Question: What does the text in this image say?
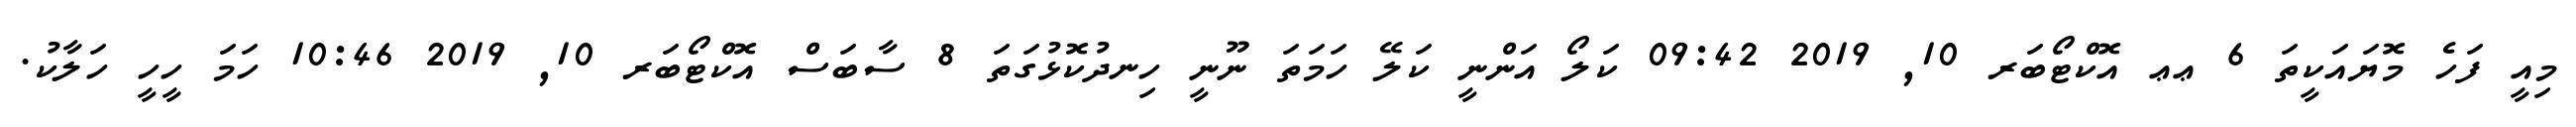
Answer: މިއީ ފަހެ މޮޔައަކީތަ 6 ޢޢ އޮކްޓޯބަރ 10, 2019 09:42 ކަލޯ އަންނީ ކަލޭ ހަމަތަ ނޫނީ ހިނދުކޮޅުގަތަ 8 ސާބަސް އޮކްޓޯބަރ 10, 2019 10:46 ހަމަ ހީހީ ހަލާކު.